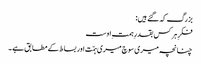
بزرگ کہ گئے ہیں:
فکرِ ہر کس بقدرِ ہمتِ اوست
چنانچہ میری سوچ میری ہمّت اور بساط کے مطابق ہے ۔